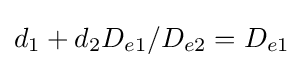
d_{1}+d_{2}D_{e1}/D_{e2}=D_{e1}